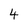
Character: 4